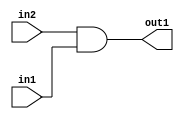
`timescale 1ps / 1ps
/*****************************************************************************
    Verilog RTL Description
    
    
    Created by: Stratus DpOpt 21.05.01 
*******************************************************************************/

module Filter_And_1Ux1U_1U_1 (
	in2,
	in1,
	out1
	); /* architecture "behavioural" */ 
input  in2,
	in1;
output  out1;
wire  asc001;

assign asc001 = 
	(in2)
	&(in1);

assign out1 = asc001;
endmodule

/* CADENCE  urXzQwg= : u9/ySxbfrwZIxEzHVQQV8Q== ** DO NOT EDIT THIS LINE ******/